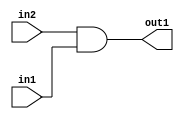
`timescale 1ps / 1ps
/*****************************************************************************
    Verilog RTL Description
    
    
    Created by: Stratus DpOpt 21.05.01 
*******************************************************************************/

module Filter_And_1Ux1U_1U_1 (
	in2,
	in1,
	out1
	); /* architecture "behavioural" */ 
input  in2,
	in1;
output  out1;
wire  asc001;

assign asc001 = 
	(in2)
	&(in1);

assign out1 = asc001;
endmodule

/* CADENCE  urXzQwg= : u9/ySxbfrwZIxEzHVQQV8Q== ** DO NOT EDIT THIS LINE ******/